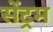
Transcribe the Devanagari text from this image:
सेंट्रम